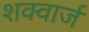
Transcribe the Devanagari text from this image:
शक्वार्ज